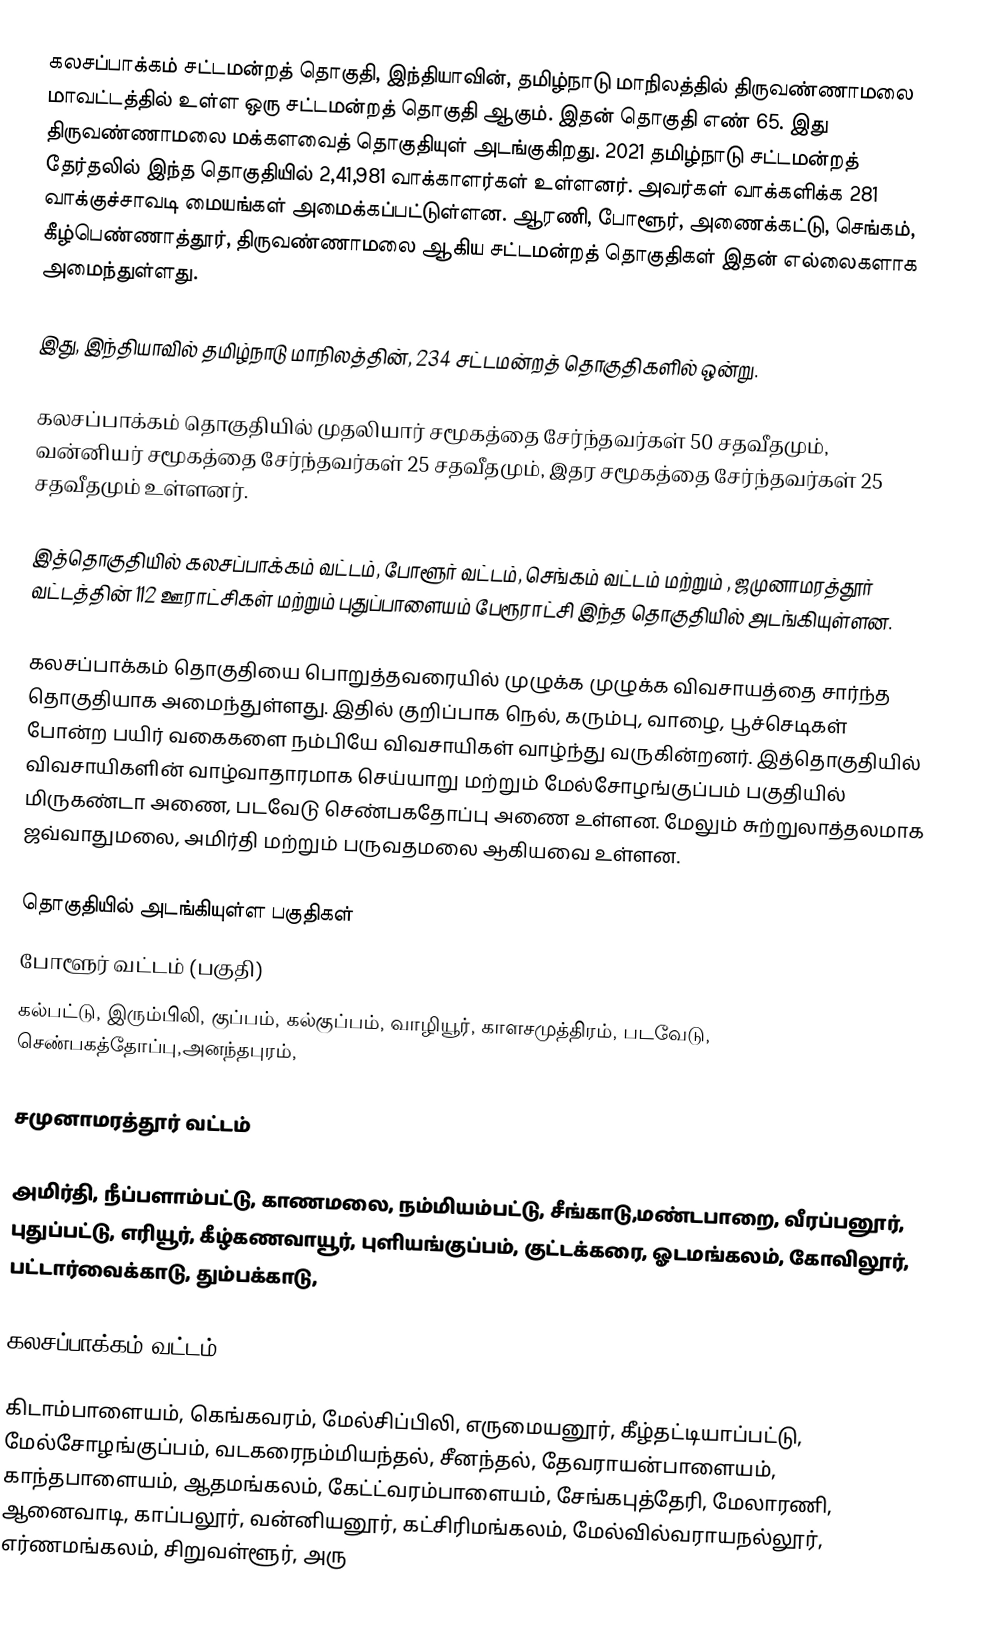
கலசப்பாக்கம் சட்டமன்றத் தொகுதி, இந்தியாவின், தமிழ்நாடு மாநிலத்தில்  திருவண்ணாமலை மாவட்டத்தில் உள்ள ஒரு சட்டமன்றத் தொகுதி ஆகும். இதன் தொகுதி எண் 65. இது திருவண்ணாமலை மக்களவைத் தொகுதியுள் அடங்குகிறது. 2021 தமிழ்நாடு சட்டமன்றத் தேர்தலில் இந்த தொகுதியில் 2,41,981 வாக்காளர்கள் உள்ளனர். அவர்கள் வாக்களிக்க 281 வாக்குச்சாவடி மையங்கள் அமைக்கப்பட்டுள்ளன. ஆரணி, போளூர், அணைக்கட்டு, செங்கம், கீழ்பெண்ணாத்தூர், திருவண்ணாமலை ஆகிய சட்டமன்றத் தொகுதிகள் இதன் எல்லைகளாக அமைந்துள்ளது.

இது, இந்தியாவில் தமிழ்நாடு மாநிலத்தின், 234 சட்டமன்றத் தொகுதிகளில் ஒன்று.

கலசப்பாக்கம் தொகுதியில் முதலியார் சமூகத்தை சேர்ந்தவர்கள் 50 சதவீதமும், வன்னியர் சமூகத்தை சேர்ந்தவர்கள் 25 சதவீதமும், இதர சமூகத்தை சேர்ந்தவர்கள் 25 சதவீதமும் உள்ளனர்.

இத்தொகுதியில் கலசப்பாக்கம் வட்டம், போளூர் வட்டம், செங்கம் வட்டம் மற்றும் , ஜமுனாமரத்தூர் வட்டத்தின் 112 ஊராட்சிகள் மற்றும் புதுப்பாளையம் பேரூராட்சி இந்த தொகுதியில் அடங்கியுள்ளன.

கலசப்பாக்கம் தொகுதியை பொறுத்தவரையில் முழுக்க முழுக்க விவசாயத்தை சார்ந்த தொகுதியாக அமைந்துள்ளது. இதில் குறிப்பாக நெல், கரும்பு, வாழை, பூச்செடிகள் போன்ற பயிர் வகைகளை நம்பியே விவசாயிகள் வாழ்ந்து வருகின்றனர். இத்தொகுதியில் விவசாயிகளின் வாழ்வாதாரமாக செய்யாறு மற்றும் மேல்சோழங்குப்பம் பகுதியில் மிருகண்டா அணை, படவேடு செண்பகதோப்பு அணை உள்ளன. மேலும் சுற்றுலாத்தலமாக ஜவ்வாதுமலை, அமிர்தி மற்றும் பருவதமலை ஆகியவை உள்ளன.

தொகுதியில் அடங்கியுள்ள பகுதிகள்
போளூர் வட்டம் (பகுதி)
கல்பட்டு, இரும்பிலி, குப்பம், கல்குப்பம், வாழியூர், காளசமுத்திரம், படவேடு, செண்பகத்தோப்பு,அனந்தபுரம்,

சமுனாமரத்தூர் வட்டம்

அமிர்தி, நீப்பளாம்பட்டு, காணமலை, நம்மியம்பட்டு, சீங்காடு,மண்டபாறை, வீரப்பனூர், புதுப்பட்டு, எரியூர், கீழ்கணவாயூர், புளியங்குப்பம்,  குட்டக்கரை, ஓடமங்கலம், கோவிலூர், பட்டார்வைக்காடு, தும்பக்காடு,

கலசப்பாக்கம் வட்டம்

கிடாம்பாளையம், கெங்கவரம், மேல்சிப்பிலி, எருமையனூர், கீழ்தட்டியாப்பட்டு, மேல்சோழங்குப்பம், வடகரைநம்மியந்தல், சீனந்தல், தேவராயன்பாளையம், காந்தபாளையம், ஆதமங்கலம், கேட்ட்வரம்பாளையம், சேங்கபுத்தேரி, மேலாரணி, ஆனைவாடி, காப்பலூர், வன்னியனூர், கட்சிரிமங்கலம், மேல்வில்வராயநல்லூர், எர்ணமங்கலம், சிறுவள்ளூர், அரு